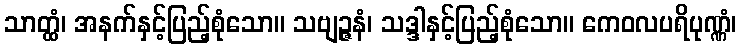
သာတ္ထံ၊ အနက်နှင့်ပြည့်စုံသော။ သဗျဉ္ဇနံ၊ သဒ္ဒါနှင့်ပြည့်စုံသော။ ကေဝလပရိပုဏ္ဏံ၊